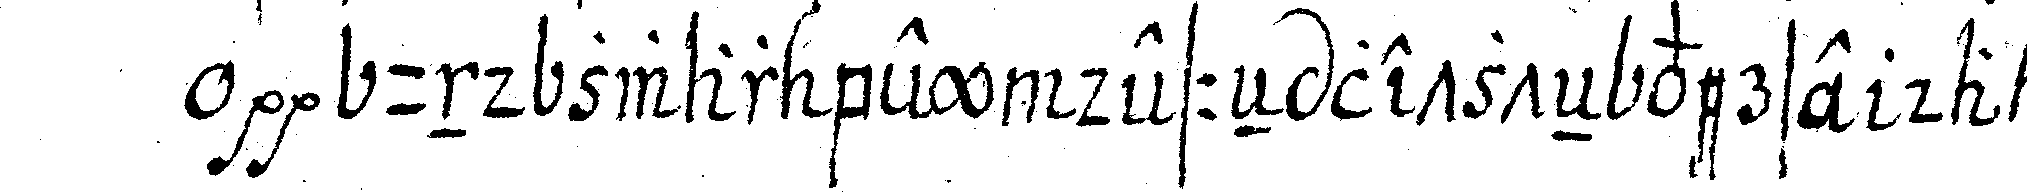
und zwar bey desseN letzteN verse da es